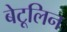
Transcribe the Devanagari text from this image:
बेटूलिन